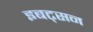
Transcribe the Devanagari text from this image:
इबट्सन